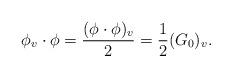
LaTeX: \begin{align*} \phi_v\cdot \phi=\frac{(\phi\cdot \phi)_v}2=\frac12 (G_0)_v. \end{align*}